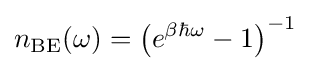
n_{\text{BE}}(\omega )=\left(e^{\beta \hbar \omega }-1\right)^{-1}